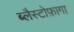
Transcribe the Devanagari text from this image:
ब्लैस्टोफ़ागा